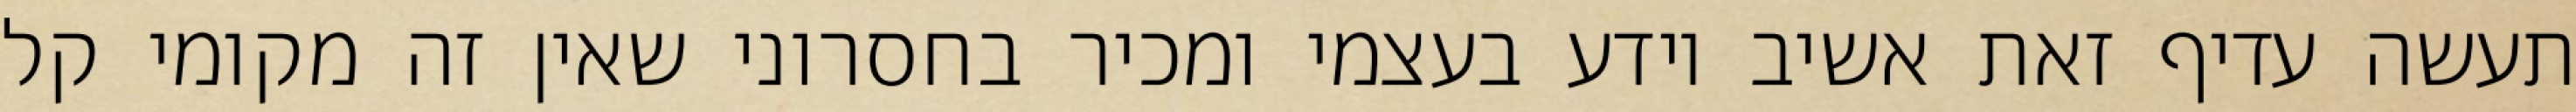
תעשה עדיף זאת אשיב יודע בעצמי ומכיר בחסרוני שאין זה מקומי קל